Civil Veterinary Dept. Assam report 1911-1927 - 1911-1927
Year: 1911
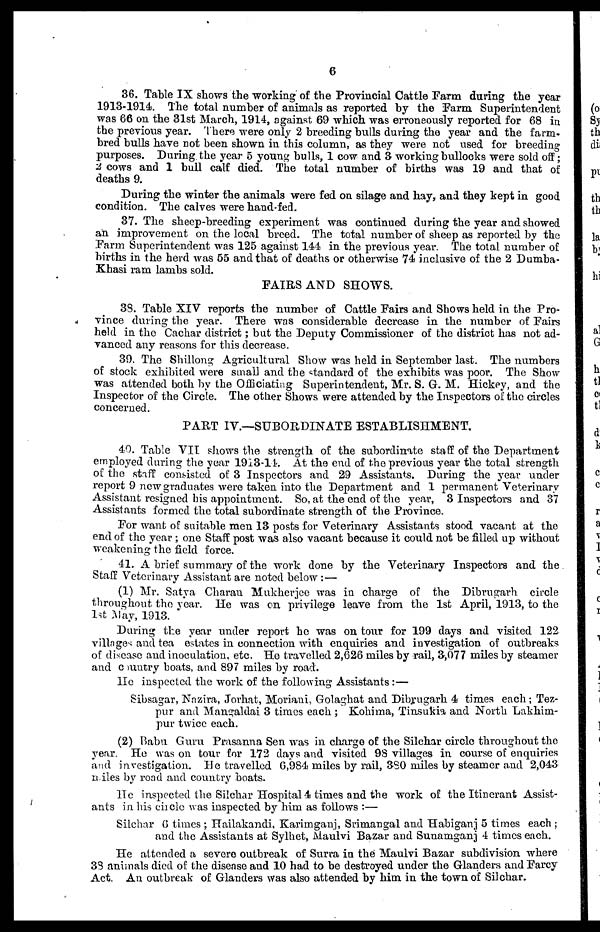
6
36. Table IX shows the working of the Provincial Cattle Farm during the year
1913-1914. The total number of animals as reported by the Farm Superintendent
was 66 on the 31st March, 1914, against 69 which was erroneously reported for 68 in
the previous year. There were only 2 breeding bulls during the year and the farm-
bred bulls have not been shown in this column, as they were not used for breeding
purposes. During, the year 5 young bulls, 1 cow and 3 working bullocks were sold off;
2 cows and 1 bull calf died. The total number of births was 19 and that of
deaths 9.
During the winter the animals were fed on silage and hay, and they kept in good
condition. The calves were hand fed.
37. The sheep-breeding experiment was continued during the year and showed
an improvement on the local breed. The total number of sheep as reported by the
Farm Superintendent was 125 against 144 in the previous year. The total number of
births in the herd was 55 and that of deaths or otherwise 74 inclusive of the 2 Dumba-
Khasi ram lambs sold.
FAIRS AND SHOWS.
38. Table XIV reports the number of Cattle Fairs and Shows held in the Pro-
vince during the year. There was considerable decrease in the number of Fairs
held in the Cachar district; but the Deputy Commissioner of the district has not ad-
vanced any reasons for this decrease.
39. The Shillong Agricultural Show was held in September last. The numbers
of stock exhibited were small and the standard of the exhibits was poor. The Show
was attended both by the Officiating Superintendent, Mr. S. G. M. Hickey, and the
Inspector of the Circle. The other Shows were attended by the Inspectors of the circles
concerned.
PART IV.—SUBORDINATE ESTABLISHMENT,
40. Table VII shows the strength of the subordinate staff of the Department
employed during the year 1913-14. At the end of the previous year the total strength
of the staff consisted of 3 Inspectors and 29 Assistants. During the year under
report 9 new graduates were taken into the Department and 1 permanent Veterinary
Assistant resigned his appointment. So, at the end of the year, 3 Inspectors and 37
Assistants formed the total subordinate strength of the Province.
For want of suitable men 13 posts for Veterinary Assistants stood vacant at the
end of the year; one Staff post was also vacant because it could not be filled up without
weakening the field force.
41. A brief summary of the work done by the Veterinary Inspectors and the
Staff Veterinary Assistant are noted below :—
(1) Mr. Satya Charan Mukkerjee was in charge of the Dibrugarh circle
throughout the year. He was on privilege leave from the 1st April, 1913, to the
1st may, 1913.
During the year under report he was on tour for 199 days and visited 122
villages and tea estates in connection with enquiries and investigation of outbreaks
of disease and inoculation, etc, He travelled 2,626 miles by rail, 3,077 miles by steamer
and country boats, and 897 miles by road.
He inspected the work of the following Assistants :—
Sibsagar, Nazira, Jorhat, Moriani, Golaghat and Dibyugarh 4 times each; Tez-
pur and Mangaldai 3 times each ; Kohima, Tinsukia and North Lakhim-
pur twice each.
(2) Babu Guru Prasanna Sen was in charge of the Silchar circle throughout the
year. He was on tour for 172 days and visited 98 villages in course of enquiries
and investigation. He travelled 6,984 miles by rail, 3S0 miles by steamer and 2,043
n;iles by road and country boats.
He inspected the Silchar Hospital 4 times and the work of the Itinerant Assist-
ants in his circle was inspected by him as follows :—
Silchar 6 times ; Hailakandi, Karimganj, Srimangal and Habiganj 5 times each ;
and the Assistants at Sylhet, Maulvi Bazar and Sunamganj 4 times each.
He attended a severe outbreak of Surra in the Maulvi Bazar subdivision where
33 animals died of the disease and 10 had to be destroyed under the Glanders and Farcy
Act. An outbreak of Glanders was also attended by him in the town of Silchar,